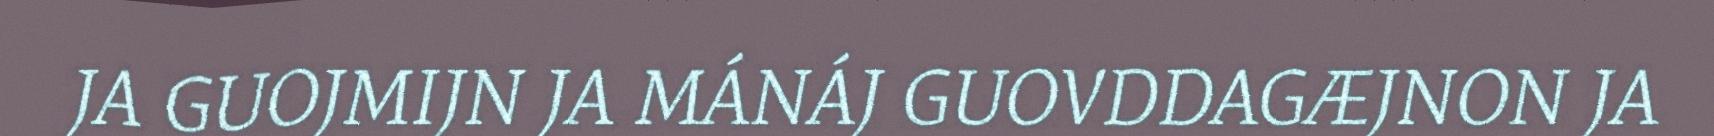
JA GUOJMIJN JA MÁNÁJ GUOVDDAGÆJNON JA